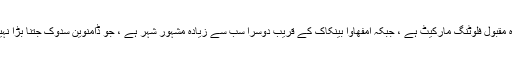
ڈامونین سدوک تھائی لینڈ میں سب سے زیادہ مقبول فلوٹنگ مارکیٹ ہے ، جبکہ امفھاوا بینکاک کے قریب دوسرا سب سے زیادہ مشہور شہر ہے ، جو ڈامنوین سدوک جتنا بڑا نہیں بلکہ زیادہ تر تھائی زائرین کے ساتھ ہے۔